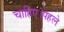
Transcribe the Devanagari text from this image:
चाहिए।पहले